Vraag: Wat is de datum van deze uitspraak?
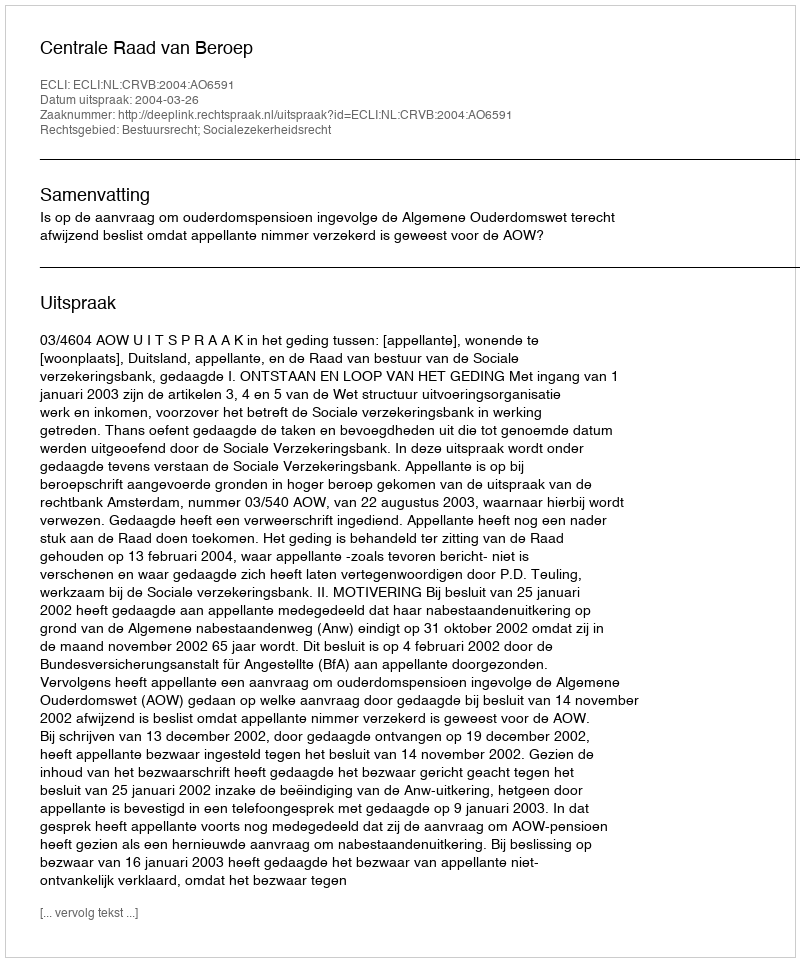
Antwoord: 2004-03-26